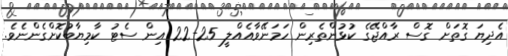
އެދިޔަ ގޮތަށް ގޮސް ރާއްޖޭގެ ކުޅުންތެރިން ހަމަނޭވާއެއްލީ 25-22 އިން ސެޓު ކާމިޔާބުކޮށްގެންނެވެ.